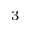
{ _ 3 }